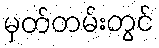
မှတ်တမ်းတွင်